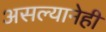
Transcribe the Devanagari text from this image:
असल्यानेही